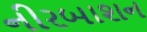
નીરબાશન